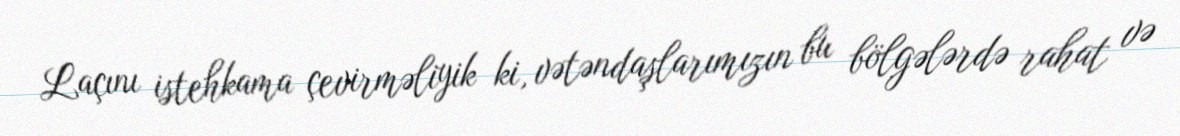
Laçını istehkama çevirməliyik ki, vətəndaşlarımızın bu bölgələrdə rahat və